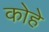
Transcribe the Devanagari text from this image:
कोहे